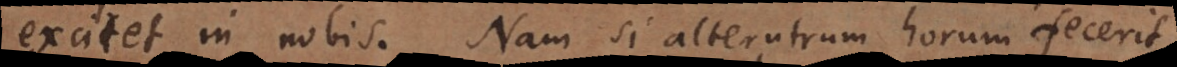
excitet in nobis. Nam si alterutrum horum fecerit,